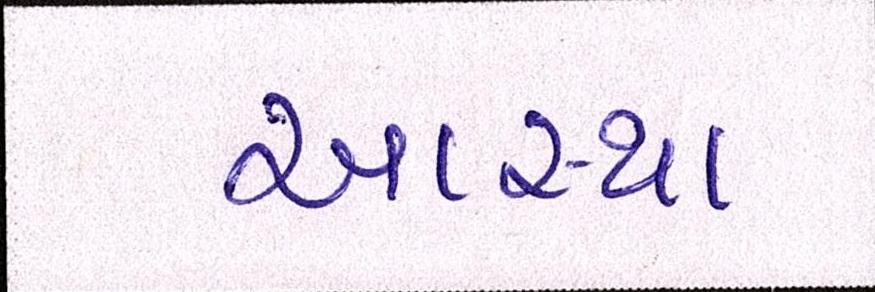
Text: આસ્થા